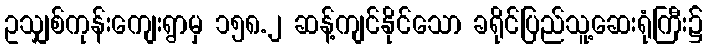
ဥသျှစ်ကုန်းကျေးရွာမှ ၁၅၈.၂ ဆန့်ကျင်နိုင်သော ခရိုင်ပြည်သူ့ဆေးရုံကြီး၌